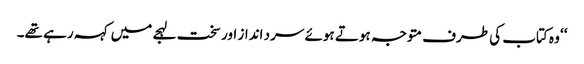
‘‘ وہ کتاب کی طرف متوجہ ہوتے ہوئے سرد انداز اور سخت لہجے میں کہہ رہے تھے۔